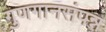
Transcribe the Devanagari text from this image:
गुणगानसंपन्न